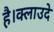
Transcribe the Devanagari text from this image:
है।क्लाउदे